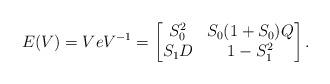
LaTeX: \begin{align*}E(V)=VeV^{-1} = \begin{bmatrix} S_0^2 & S_0(1+S_0)Q \\S_1D &1-S_1^2 \end{bmatrix}.\end{align*}